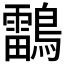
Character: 𪆼